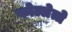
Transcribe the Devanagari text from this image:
फोल्लेत्ते